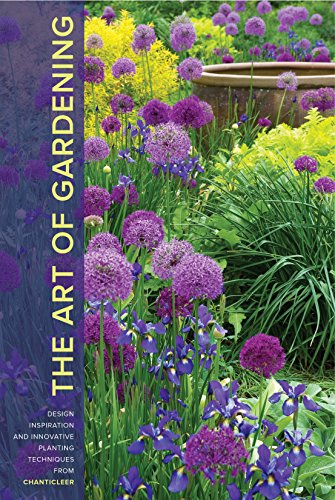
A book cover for The Art of Gardening: Design Inspiration and Innovative Planting Techniques from Chanticleer; R. William Thomas; Crafts, Hobbies & Home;